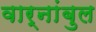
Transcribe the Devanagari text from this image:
वार्नांबुल